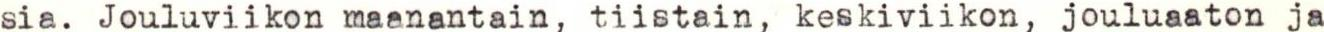
sia. Jouluviikon maanantain, tiistain, keskiviikon, jouluaaton ja